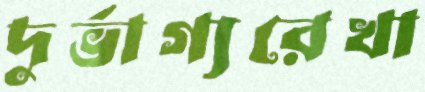
দুর্ভাগ্যরেখা